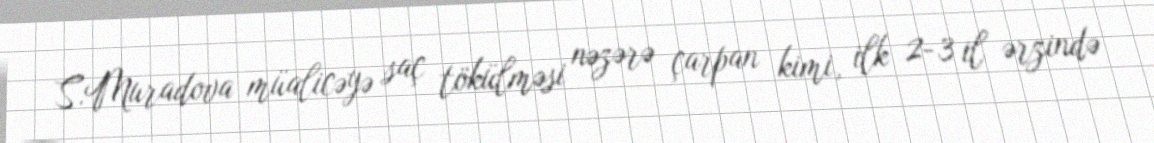
S.Muradova müalicəyə saç tökülməsi nəzərə çarpan kimi, ilk 2-3 il ərzində